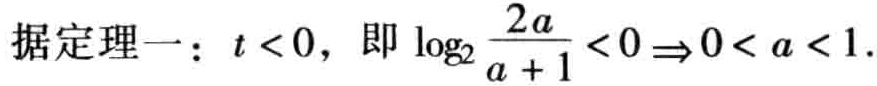
据定理一：\(t < 0\)，即\(\log_{2}\frac{2a}{a + 1}<0\Rightarrow0 < a < 1\)